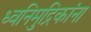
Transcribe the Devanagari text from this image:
ध्वनिमुद्रिकांना